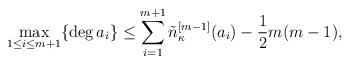
LaTeX: \begin{align*} \max_{1\leq i\leq m+1}\{\deg a_i\} \leq \sum_{i=1}^{m+1}\tilde{n}_{\kappa}^{[m-1]}(a_i)-\frac{1}{2}m(m-1), \end{align*}